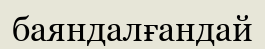
баяндалғандай